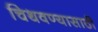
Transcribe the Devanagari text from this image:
चिथवण्यासाठी